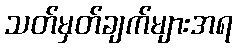
သတ်မှတ်ချက်များအရ